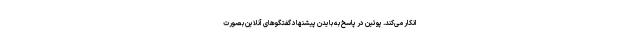
انکار می‌کند. پوتین در پاسخ به بایدن پیشنهاد گفتگوهای آنلاین بصورت